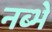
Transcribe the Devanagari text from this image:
नब्भे